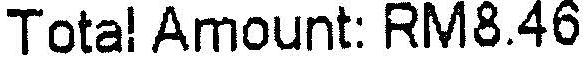
TOTAL AMOUNT: RM8.46